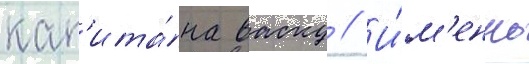
кап'ита́на васку // И́м'енно